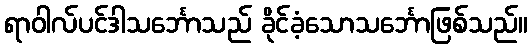
ရာဝါလ်ပင်ဒါသင်္ဘောသည် ခိုင်ခံ့သောသင်္ဘောဖြစ်သည်။